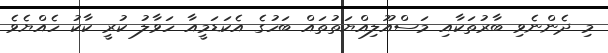
މި ދެންނެވި ބާރުތަކާއި މަސްއޫލިއްޔަތުތައް ބަހުގެ އެކަޑަމީއާ ހަވާލު ކުރީ ކާކު ހެއްޔެވެ